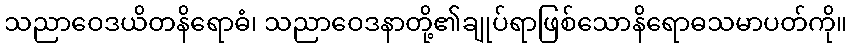
သညာဝေဒယိတနိရောဓံ၊ သညာဝေဒနာတို့၏ချုပ်ရာဖြစ်သောနိရောဓသမာပတ်ကို။